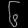
Digit: ၆